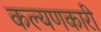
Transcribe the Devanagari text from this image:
कल्यणकारी